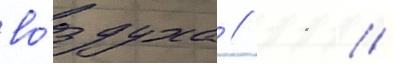
во́здуха // 11 //